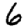
Digit: 6